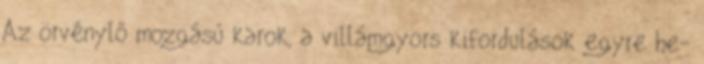
Az örvénylő mozgású karok, a villámgyors kifordulások egyre he-